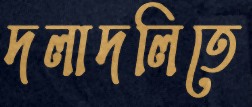
দলাদলিতে